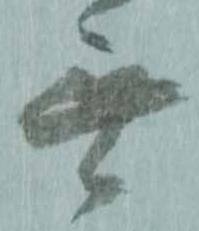
無